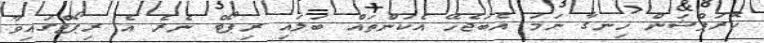
ކޮރަޕްޝަން ހިނގާ ނަމަ އެބަޖެހޭ އެކަންތައް ބަލައި ރިޕޯޓް ނެރެ އެ ރިޕޯޓްގައިވާ